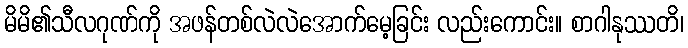
မိမိ၏သီလဂုဏ်ကို အဖန်တစ်လဲလဲအောက်မေ့ခြင်း လည်းကောင်း။ စာဂါနုဿတိ၊